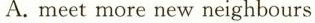
A. meet more new neighbours